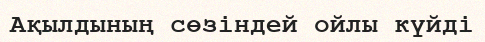
Ақылдының сөзіндей ойлы күйді